Calcutta medical institutions reports 1892-1900
Year: 1892
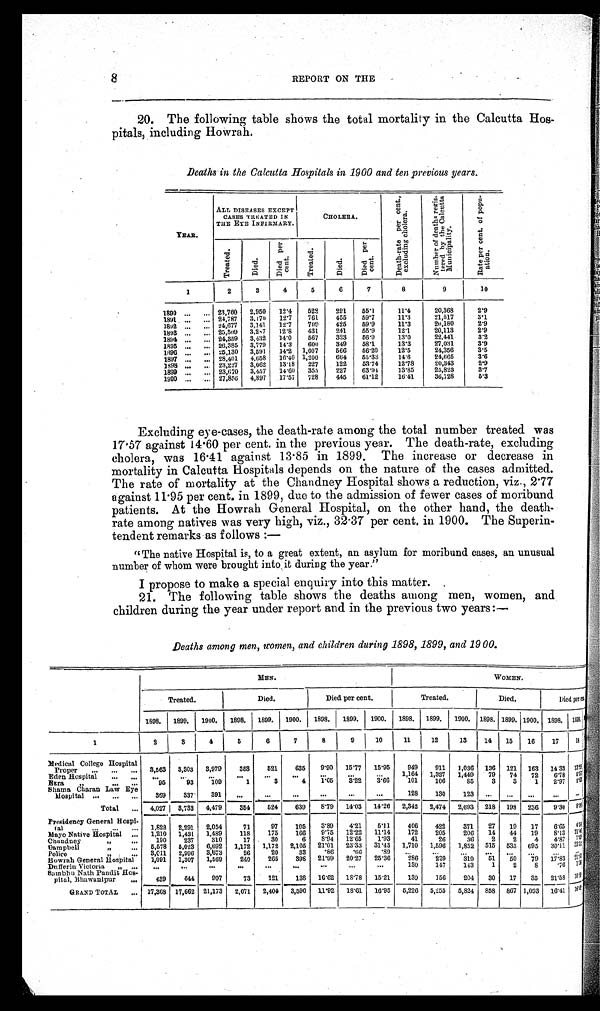
8
REPORT ON THE
20. The following table shows the total mortality in the Calcutta Hos-
pitals, including Howrah.
Deaths in the Calcutta Hospitals in 1900 and ten previous years.
YEAR.
ALL DISEASES EXCEPT
CASES TREATED IN
THE EYE INFIRMARY.
CHOLERA.
D e a t h - r a t e p e r c e n t . ,
e x c l u d i n g c h o l e r a .
N u m b e r o f d e a t h s r e g i s - t e r e d b y t h e C a l c u t t a
Muni ci pal i t y.
R a t e p e r c e n t . o f p o p u -
a t i o n .
Tr e a t e d .
Died.
Di ed per
cent.
Tr e a t e d.
Di ed.
Di ed per
cent.
1
2
3
4
5
6
7
8
9
10
1890 ...
23,760
2,950
12.4
528
291
55.1
11.4
20,368
2.9
1891 ...
... 24,787
3,170
12.7
761
455
59.7
11.3
21,517
3.1
1892 ...
... 24,677
3,141
12.7
709
425
59.9
11.3
2 ,180
2.9
1893 ...
... 25,509 3,287
12.8
431
241
55.9
12.1
20,113
2.9
1894 ...
... 24,359 3,432
14.0
567
323
56.9
13.0
22,441
3.2
1895
... 26,385
3,779
14.3
600
349
58.1
13.3
27,031
3.9
1896 ... ...
25,130 3,591
14.2 1,007
566
56.20
12.5
24,356
3.5
1897 ...
... 28,401
4,658
16.40 1,200
664
55.33
14.6
24,665
3.6
1898 ...
... 23,227
3,062
13.18 227
122
53.74
12.78
20,343
2.9
1899 ... ... 23,670 3,457
14.60
355
227
63.94
13.85
25,823
3.7
1900 ...
... 27,856 4,897
17.57
728
445
61.12
16.41
36,728
5.3
Excluding eye-cases, the death-rate among the total number treated was
17.57 against 14.60 per cent. in the previous year. The death-rate, excluding
cholera, was 16.41 against 13.85 in 1899. The increase or decrease in
mortality in Calcutta Hospitals depends on the nature of the cases admitted.
The rate of mortality at the Chandney Hospital shows a reduction, viz., 2.77
against 11.95 per cent. in 1899, due to the admission of fewer cases of moribund
patients. At the Howrah General Hospital, on the other hand, the death-
rate among natives was very high, viz., 32.37 per cent. in 1900. The Superin-
tendent remarks as follows :
—
"The native Hospital is, to a great extent, an asylum for moribund cases, an unusual
number of whom were brought into it during the year."
I propose to make a special enquiry into this matter.
21. The following table shows the deaths among men, women, and
children during the year under report and in the previous two years:—
Deaths among men, women, and children during 1898, 1899, and 1900.
M E N .
WOMEN.
Treated.
Died.
Died per cent.
Treated.
Died.
Di ed per cent.
1898.
1899.
1900.
1898.
1899. 1900.
1898.
1899.
1900.
1898. 1899. 1900. 1898
1 8 9 9 . 1900. 1898.
1 8 9 9 .
1
2
3
4
5
6
7
8
9
10
11
12
13
14
1 5 16
17
18
Medical College Hospital
Proper
...
...
...
3,563 3,303 3,979
353
521
635
9.90
15.7
15.95
949
9 1 1 1,036 136 121 163 14.33
13.
Eden Hospital
. . . . . .
. . .
. . .
. . .
. . .
...
. . .
. . .
. . .
. . . 1,164 1,327
1,449
79
74
72
6.78
5.
Ezra
"
95
93
109
1
3
4
1.05
3.22
3.66
101
106
85
3
3
1
2.97
2
Shama Charan Law Eye
Hospital ...
...
. . .
3 6 9
337
391
. . .
...
...
...
...
...
128
130
123 ...
...
...
...
...
Total
... 4,027
3,733 4,479
354
524
639
8.79 14.03 14.26 2,342 2,474
2,693 218 198 236
9.30
8 .
Presidency General Hospi-
tal
...
1,822
2,291
2,054
71
97
105
3.89
4.21
5.11
406
422
371
27
19
17
6.65
4.
Mayo Native Hospital
...
1,210
1,431
1,489
118
175
166
9.75
12.22
11.14
172
205
206
14
44
19
8.13
21
Chandney
190
237
310
17
30
6
8.94
12.65
1.93
41
26
36
2
2
4
4.87
7.
Gampbell " ....
5,578
5,023
6,692
1,172
1,172
2,105
21.01
23.33
31.45
1,710
1,596
1,852
515
535
695
30.11
33.
Police
„
3,011
2,996
3,673
26
20
33
.86
.66
.89
...
...
...
...
...
...
...
...
Bowrah General Hospital
1,091
1,307
1,569
240
265
398
21.99
20.27
25.36
286
229
319
51
50
79
17.83
21.83
Dufferin Victoria "
...
...
...
...
...
...
...
...
...
130
147
143
1
2
8
.76
1.
Sambhu Nath Pandit Hos-
pital, Bhawanipur ...
439
644
907
73
121
138
16.62
18.78
15.21
139
156
204
30
17
35
21.58
10.
GRAND TOTAL
...
17,368
17,662
21,173
2,071
2,404
3,590
11.92
18.61
16.95
5,226
5,255
5,824
858
867 1,093
16.41
16.